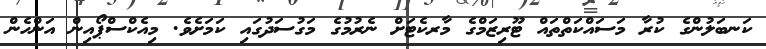
ކަނބަލުންގެ ކުރާ މަސައްކަތްތައް ޓޫރިޒަމްގެ މާރކެޓަށް ނެރުމުގެ މަގުސަދުގައި ކަމަށެވެ. މިއެކްސްޕޯއިން އަންހެން